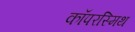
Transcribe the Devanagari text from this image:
कॉपरस्मिथ